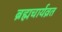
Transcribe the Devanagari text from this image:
ब्रह्मचार्यव्रत